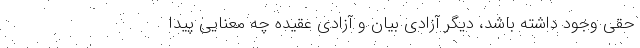
حقی وجود داشته باشد، دیگر آزادی بیان و آزادی عقیده چه معنایی پیدا